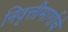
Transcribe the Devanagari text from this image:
निवृत्तीमार्गाचे